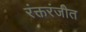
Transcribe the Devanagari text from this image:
रंक्तरंजीत